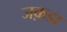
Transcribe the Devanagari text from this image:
जक़डा